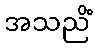
အသညိံ